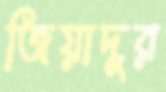
জিয়াদুর